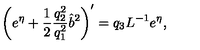
\left( e ^ { \eta } + \frac { 1 } { 2 } \frac { q _ { 2 } ^ { 2 } } { q _ { 1 } ^ { 2 } } \hat { b } ^ { 2 } \right) ^ { \prime } = q _ { 3 } L ^ { - 1 } e ^ { \eta } ,